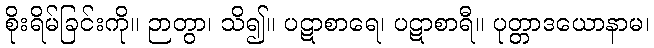
စိုးရိမ်ခြင်းကို။ ဉာတွာ၊ သိ၍။ ပဋာစာရေ၊ ပဋာစာရီ။ ပုတ္တာဒယောနာမ၊